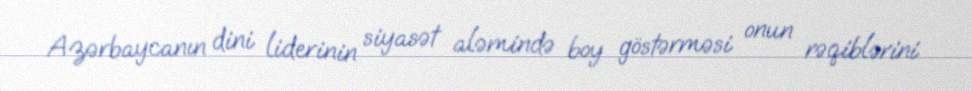
Azərbaycanın dini liderinin siyasət aləmində boy göstərməsi onun rəqiblərini